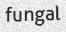
fungal